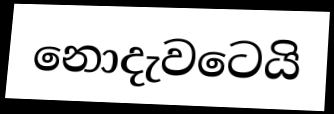
නොදැවටෙයි